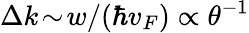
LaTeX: \Delta k\! \sim\! w/(\hbar v_{F})\propto\theta^{-1}